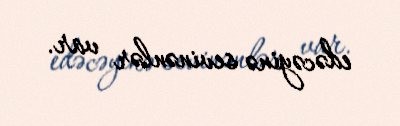
edəcəyinə sevinənlər var.